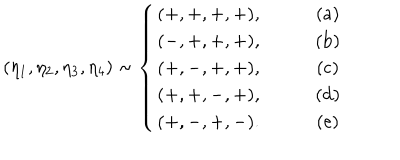
( \eta _ { 1 } , \eta _ { 2 } , \eta _ { 3 } , \eta _ { 4 } ) \sim \left\{ \begin{array} { c c } { { ( + , + , + , + ) , } } & { { \qquad ( \mathrm { a } ) } } \\ { { ( - , + , + , + ) , } } & { { \qquad ( \mathrm { b } ) } } \\ { { ( + , - , + , + ) , } } & { { \qquad ( \mathrm { c } ) } } \\ { { ( + , + , - , + ) , } } & { { \qquad ( \mathrm { d } ) } } \\ { { ( + , - , + , - ) . } } & { { \qquad ( \mathrm { e } ) } } \\ \end{array} \right.